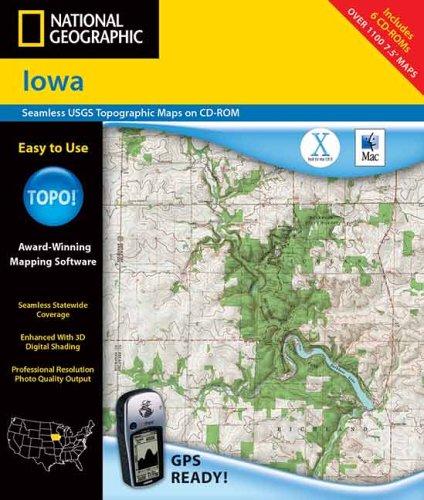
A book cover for National Geographic Iowa; Rand McNally; Travel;